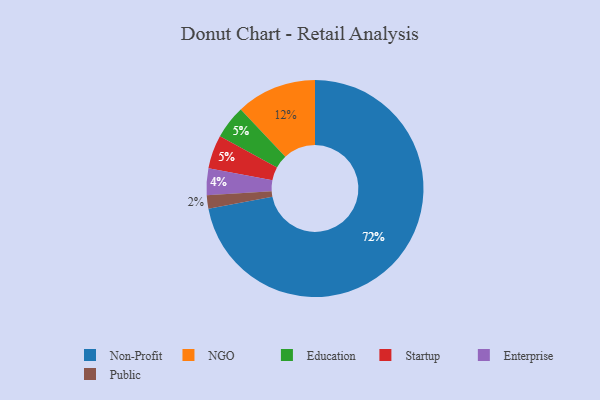
{"axis": {"x": "Category", "y": "Percentage"}, "legend": ["Education", "Enterprise", "NGO", "Non-Profit", "Public", "Startup"], "data": [{"x": "Education", "y": 5, "type": "Education"}, {"x": "Enterprise", "y": 4, "type": "Enterprise"}, {"x": "NGO", "y": 12, "type": "NGO"}, {"x": "Startup", "y": 5, "type": "Startup"}, {"x": "Public", "y": 2, "type": "Public"}, {"x": "Non-Profit", "y": 72, "type": "Non-Profit"}]}